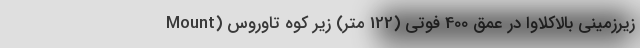
زیرزمینی بالاکلاوا در عمق 400 فوتی (122 متر) زیر کوه تاوروس (Mount